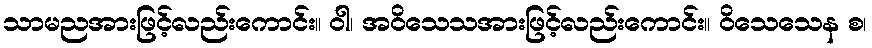
သာမညအားဖြင့်လည်းကောင်း။ ဝါ၊ အဝိသေသအားဖြင့်လည်းကောင်း။ ဝိသေသေန စ၊